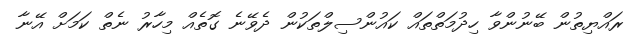
ރައްޔިތުން ބޭނުންވާ ހިދުމަތްތައް ކައުންސިލްތަކުން ދެވޭނެ ގޮތެއް މިހާރު ނެތް ކަމަށް އޭނާ